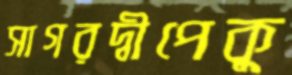
সাগরদ্বীপেকু